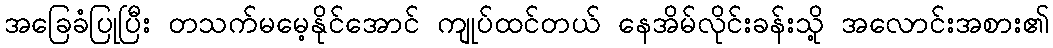
အခြေခံပြုပြီး တသက်မမေ့နိုင်အောင် ကျုပ်ထင်တယ် နေအိမ်လိုင်းခန်းသို့ အလောင်းအစား၏